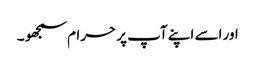
اور اسے اپنے آپ پر حرام سمجھو ۔